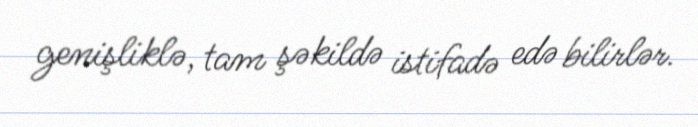
genişliklə, tam şəkildə istifadə edə bilirlər.